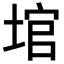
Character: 𪣬